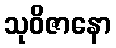
သုဝိဇာနော